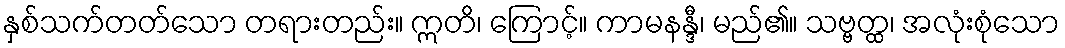
နှစ်သက်တတ်သော တရားတည်း။ ဣတိ၊ ကြောင့်။ ကာမနန္ဒီ၊ မည်၏။ သဗ္ဗတ္ထ၊ အလုံးစုံသော